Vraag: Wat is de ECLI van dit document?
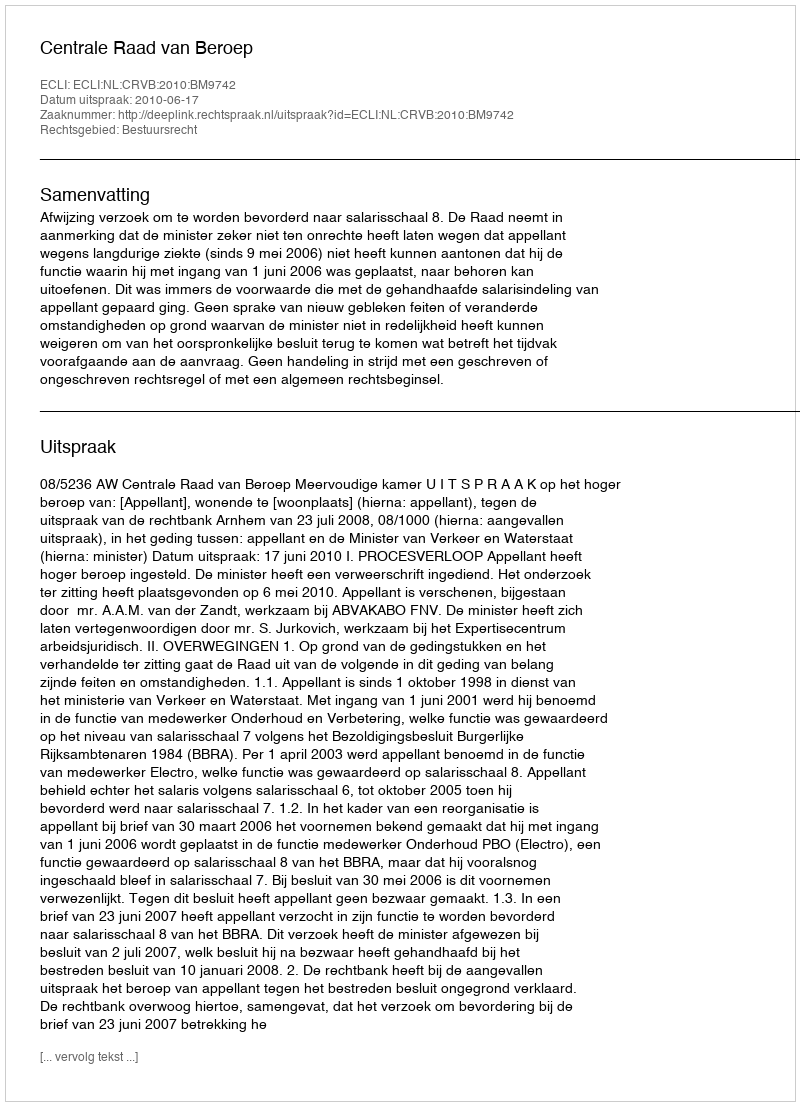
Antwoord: ECLI:NL:CRVB:2010:BM9742